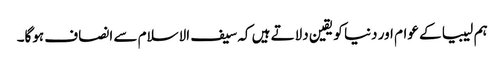
ہم لیبیا کے عوام اور دنیا کو یقین دلاتے ہیں کہ سیف الاسلام سے انصاف ہوگا۔